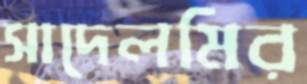
সাদেলমির